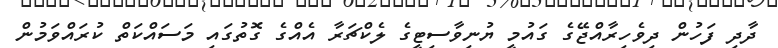
ދާދި ފަހުން ދިވެހިރާއްޖޭގެ ގައުމީ ޔުނިވާސިޓީގެ ލެކްޗަރާ އެއްގެ ގޮތުގައި މަސައްކަތް ކުރައްވަމުން